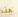
هذه